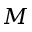
M